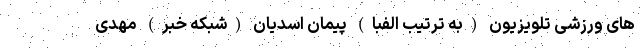
های ورزشی تلویزیون (به ترتیب الفبا) پیمان اسدیان (شبکه خبر) مهدی